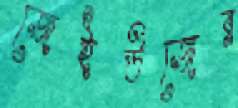
জেইউজের